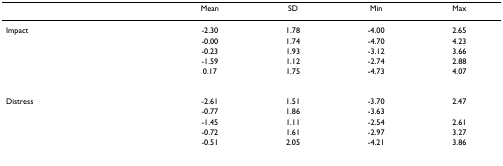
<table><thead><tr><td>[EMPTY_CELL]</td><td>[EMPTY_CELL]</td><td><b>Mean</b></td><td><b>SD</b></td><td><b>Min</b></td><td><b>Max</b></td></tr></thead><tbody><tr><td>Impact</td><td>[EMPTY_CELL]</td><td>-2.30</td><td>1.78</td><td>-4.00</td><td>2.65</td></tr><tr><td>[EMPTY_CELL]</td><td>[EMPTY_CELL]</td><td>-0.00</td><td>1.74</td><td>-4.70</td><td>4.23</td></tr><tr><td>[EMPTY_CELL]</td><td>[EMPTY_CELL]</td><td>-0.23</td><td>1.93</td><td>-3.12</td><td>3.66</td></tr><tr><td>[EMPTY_CELL]</td><td>[EMPTY_CELL]</td><td>-1.59</td><td>1.12</td><td>-2.74</td><td>2.88</td></tr><tr><td>[EMPTY_CELL]</td><td>[EMPTY_CELL]</td><td>0.17</td><td>1.75</td><td>-4.73</td><td>4.07</td></tr><tr><td>Distress</td><td>[EMPTY_CELL]</td><td>-2.61</td><td>1.51</td><td>-3.70</td><td>2.47</td></tr><tr><td>[EMPTY_CELL]</td><td>[EMPTY_CELL]</td><td>-0.77</td><td>1.86</td><td>-3.63</td><td>[EMPTY_CELL]</td></tr><tr><td>[EMPTY_CELL]</td><td>[EMPTY_CELL]</td><td>-1.45</td><td>1.11</td><td>-2.54</td><td>2.61</td></tr><tr><td>[EMPTY_CELL]</td><td>[EMPTY_CELL]</td><td>-0.72</td><td>1.61</td><td>-2.97</td><td>3.27</td></tr><tr><td>[EMPTY_CELL]</td><td>[EMPTY_CELL]</td><td>-0.51</td><td>2.05</td><td>-4.21</td><td>3.86</td></tr></tbody></table>